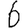
Digit: 6